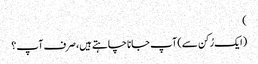
)
(ایک رُکن سے) آپ جانا چاہتے ہیں، صرف آپ؟